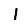
Digit: 1